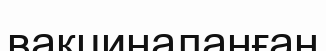
вакциналанған